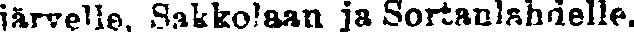
järvelle, Sakkolaan ja Sortanlahdelle.